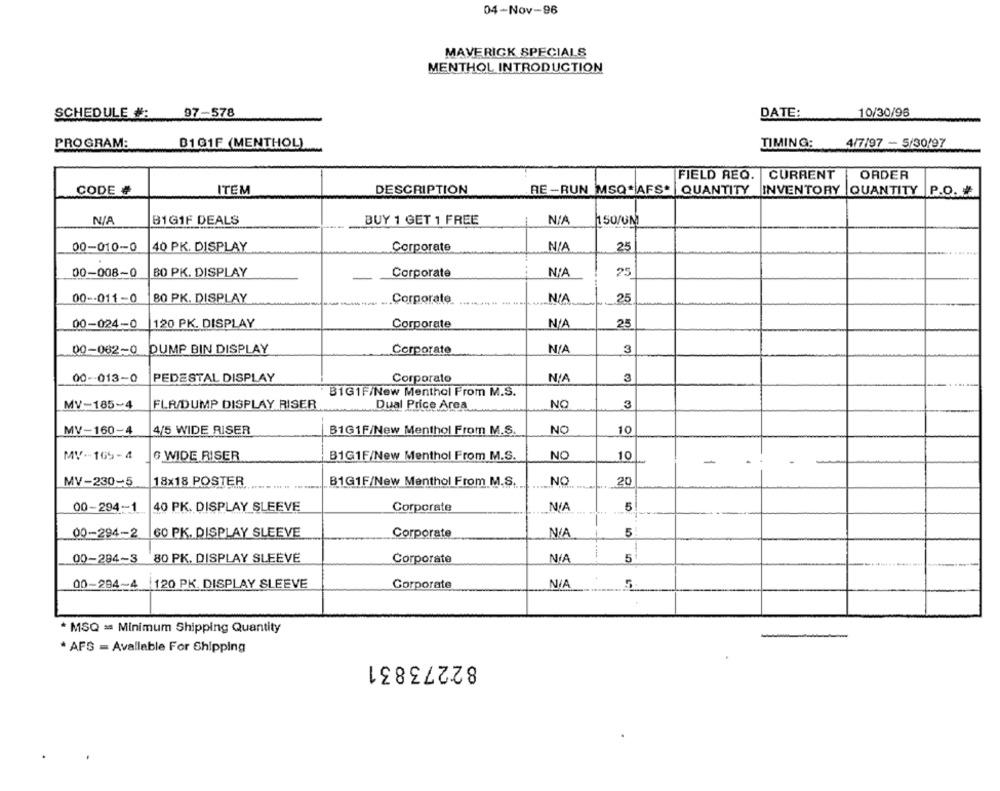
04-Nov-96
MAVERICK SPECIALS
MENTHOL INTRODUCTION
SCHEDULE #:
97-578
DATE:
10/30/96
4/7/97 - 5/30/97
PROGRAM:
B101F (MENTHOL)
TIMING:
FIELD REQ.
FIELD REQ. CURRENT
ORDER
CODE #
ITEM
DESCRIPTION
RE -RUN MSQ*AFS* |QUANTITY INVENTORY QUANTITY P.O. #
B1G1F DEALS
BUY 1 GET 1 FREE
150/UN
00-010-0
40 PK. DISPLAY
Corporate
25
00-008-0
BO PK. DISPLAY
Corporate
25
00 -- 011-0
BO PK. DISPLAY
Corporate
25
00-024-0
120 PK. DISPLAY
Corporate
25
3
00-062-0
DUMP BIN DISPLAY
Corporate
00-013-0
PEDESTAL DISPLAY
Corporato
3
B1G1F/New Menthol From M.S.
Dual Price Area
NO
3
MV-185-4
FLR/DUMP DISPLAY RISER
MV-160-4
4/5 WIDE RISER
B1G1F/New Menthol From M.S.
NO
10
MV -- 165- 4
6 WIDE RISER
B1G1F/New Menthol From M.S.
NO
10
-
.
MV-230-5
18x18 POSTER
B1G1F/New Menthol From M.S.
NO
20
40 PK. DISPLAY SLEEVE
5
00-294-1
Corporate
00-294-2
60 PK. DISPLAY SLEEVE
Corporate
NIA
5
00-294-3
80 PK. DISPLAY SLEEVE
Corporate
5
00-294-4
120 PK. DISPLAY SLEEVE
Corporate
* MSQ = Minimum Shipping Quantity
* AFS = Available For Shipping
82273831